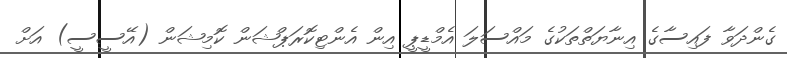
ގެންދަވާ ފައިސާގެ އިނާޔަތްތަކުގެ މައްސަލަ އެމްޑީޕީ އިން އެންޓިކޮރަޕްޝަން ކޮމިޝަން (އޭސީސީ) އަށް